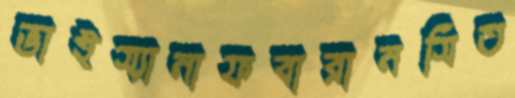
ভাইস্যানাফবারানসিত